Vaccine operations Central Provinces 1886-1899 - 1886-1899
Year: 1886
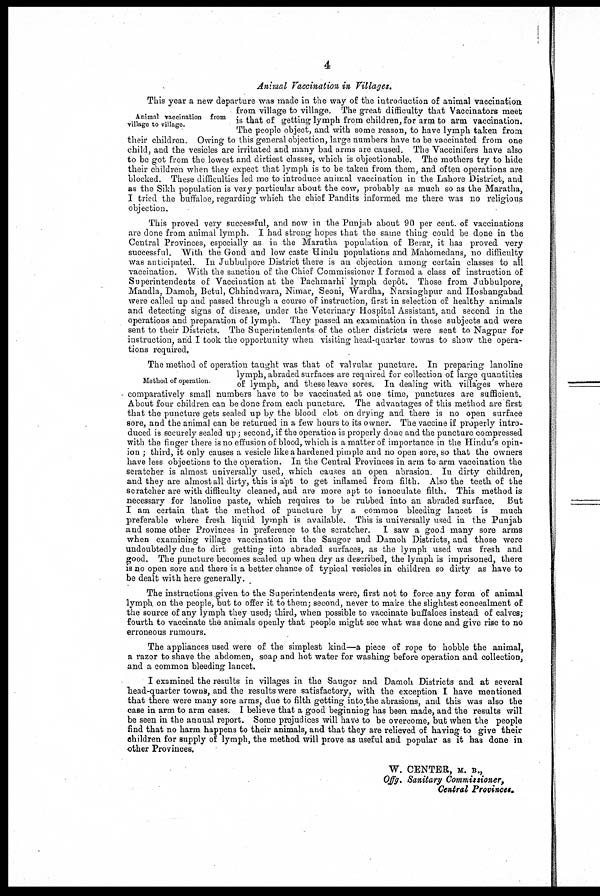
4
Animal Vaccination in Villages.
Animal vaccination from
village to village.
This year a new departure was made in the way of the introduction of animal vaccination
from village to village. The great difficulty that Vaccinators meet
is that of getting lymph from children, for arm to arm vaccination.
The people object, and with some reason, to have lymph taken from
their children. Owing to this general objection, large numbers have to be vaccinated from one
child, and the vesicles are irritated and many bad arms are caused. The Vaccinifers have also
to be got from the lowest and dirtiest classes, which is objectionable. The mothers try to hide
their children when they expect that lymph is to be taken from them, and often operations are
blocked. These difficulties led me to introduce animal vaccination in the Lahore District, and
as the Sikh population is very particular about the cow, probably as much so as the Maratha,
I tried the buffaloe, regarding which the chief Pandits informed me there was no religious
objection.
This proved very successful, and now in the Punjab about 90 per cent. of vaccinations
are done from animal lymph. I had strong hopes that the same thing could be done in the
Central Provinces, especially as in the Maratha population of Berar, it has proved very
successful. With the Gond and low caste Hindu populations and Mahomedans, no difficulty
was anticipated. In Jubbulpore District there is an objection among certain classes to all
vaccination. With the sanction of the Chief Commissioner I formed a class of instruction of
Superintendents of Vaccination at the Pachmarhi lymph dep6t. Those from Jubbulpore,
Mandla, Damoh, Betul, Chhindwara, Nimar, Seoni, Wardha, Narsinghpur and Hoshangabad
were called up and passed through a course of instruction, first in selection of healthy animals
and detecting signs of disease, under the Veterinary Hospital Assistant, and second in the
operations and preparation of lymph. They passed an examination in these subjects and were
sent to their Districts. The Superintendents of the other districts were sent to Nagpur for
instruction, and I took the opportunity when visiting head-quarter towns to show the opera-
tions required.
Method of operation.
The method of operation taught was that of valvular puncture. In preparing lanoline
lymph, abraded surfaces are required for collection of large quantities
of lymph, and these leave sores. In dealing with villages where
comparatively small numbers have to be vaccinated at one time, punctures are sufficient.
About four children can be done from each puncture. The advantages of this method are first
that the puncture gets sealed up by the blood clot on drying and there is no open surface
sore, and the animal can be returned in a few hours to its owner. The vaccine if properly intro-
duced is securely sealed up; second, if the operation is properly done and the puncture compressed
with the finger there is no effusion of blood, which is a matter of importance in the Hindu's opin-
ion ; third, it only causes a vesicle like a hardened pimple and no open sore, so that the owners
have less objections to the operation. In the Central Provinces in arm to arm vaccination the
scratcher is almost universally used, which causes an open abrasion. In dirty children,
and they are almost all dirty, this is apt to get inflamed from filth. Also the teeth of the
scratcher are with difficulty cleaned, and are more apt to innoculate filth. This method is
necessary for lanoline paste, which requires to be rubbed into an abraded surface.
But
I am certain that the method of puncture by a common bleeding lancet is much
preferable where fresh liquid lymph is available. This is universally used in the Punjab
and some other Provinces in preference to the scratcher. I saw a good many sore arms
when examining village vaccination in the Saugor and Damoh Districts, and those were
undoubtedly due to dirt getting into abraded surfaces, as the lymph used was fresh and
good. The puncture becomes scaled up when dry as described, the lymph is imprisoned, there
is no open sore and there is a better chance of typical vesicles in children so dirty as have to
be dealt with here generally.
The instructions given to the Superintendents were, first not to force any form of animal
lymph on the people, but to offer it to them; second, never to make the slightest concealment of
the source of any lymph they used; third, when possible to vaccinate buffaloes instead of calves;
fourth to vaccinate the animals openly that people might see what was done and give rise to no
erroneous rumours.
The appliances used were of the simplest kind—a piece of rope to hobble the animal,
a razor to shave the abdomen, soap and hot water for washing before operation and collection,
and a common bleeding lancet.
I examined the results in villages in the Saugor and Damoh Districts and at several
head-quarter towns, and the results were satisfactory, with the exception I have mentioned
that there were many sore arms, due to filth getting into the abrasions, and this was also the
case in arm to arm cases. I believe that a good beginning has been made, and the results will
be seen in the annual report. Some prejudices will have to be overcome, but when the people
find that no harm happens to their animals, and that they are relieved of having to give their
children for supply of lymph, the method will prove as useful and popular as it has done in
other Provinces.
W. CENTER, M. B.,
Offg. Sanitary Commissioner,
Central Provinces.